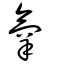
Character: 氧